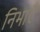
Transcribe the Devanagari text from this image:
निभाएँ